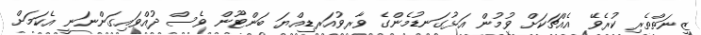
ޒީނަތްތެރި ކުރެވޭ އެއްޗަކަށް ވުމުން އަޅުގަނޑުމެންގެ ވާރވުއަރޑިއްޔަ ބަންޓޫން ވެސް ދުއްވައިގަންނަނީ އެކަމަށް